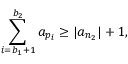
\sum _ { i = b _ { 1 } + 1 } ^ { b _ { 2 } } a _ { p _ { i } } \geq | a _ { n _ { 2 } } | + 1 ,